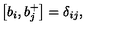
\left[ b _ { i } , b _ { j } ^ { + } \right] = \delta _ { i j } ,